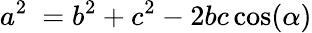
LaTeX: a^{2}\ =b^{2}+c^{2}-2bc\cos(\alpha)